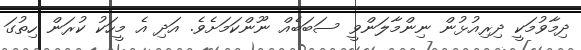
ދިމާވުމަކީ ދިރިއުޅުން ނިންމާލަންވީ ސަބަބެއް ނޫންކަމަށެވެ. އަދި އެ މީހަކު ކުރަން ހިތުގަ